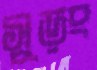
সুড়ং